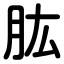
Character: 肱